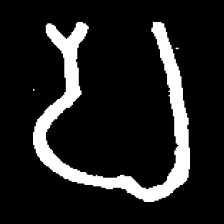
Pyu character \u2014 Myanmar letter: ပ (romanized: pa)